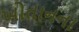
ખોતાનના